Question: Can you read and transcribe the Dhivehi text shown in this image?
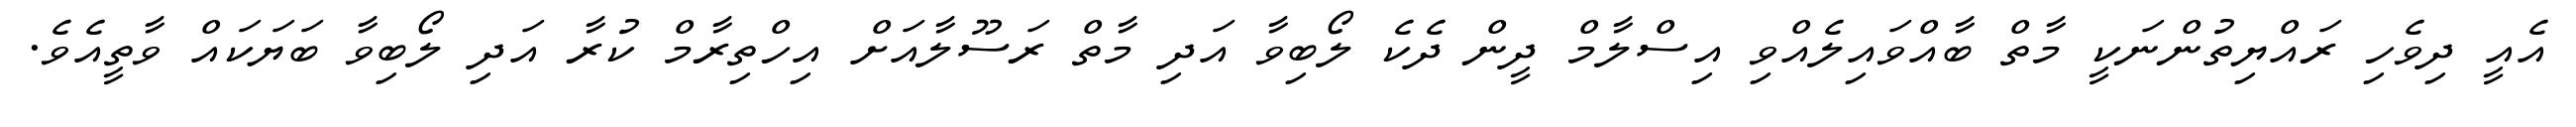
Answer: އެއީ ދިވެހި ރައްޔިތުންނަކީ މާތް ބާއްވައިލެއްވި އިސްލާމް ދީން ދެކެ ލޯބިވާ އަދި މާތް ރަސޫލާއަށް އިހްތިރާމް ކުރާ އަދި ލޯބިވާ ބަޔަކައް ވާތީއެވެ.